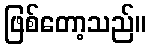
ဖြစ်တော့သည်။